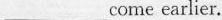
___ come earlier.